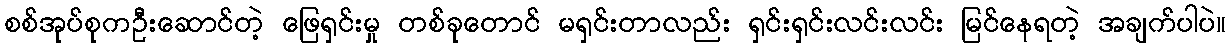
စစ်အုပ်စုကဦးဆောင်တဲ့ ဖြေရှင်းမှု တစ်ခုတောင် မရှင်းတာလည်း ရှင်းရှင်းလင်းလင်း မြင်နေရတဲ့ အချက်ပါပဲ။